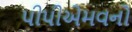
પીપીએમવનો